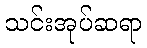
သင်းအုပ်ဆရာ